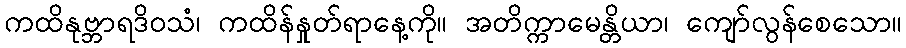
ကထိနုဗ္ဘာရဒိဝသံ၊ ကထိန်နှုတ်ရာနေ့ကို။ အတိက္ကာမေန္တိယာ၊ ကျော်လွန်စေသော။